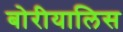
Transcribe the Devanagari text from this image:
बोरीयालिस